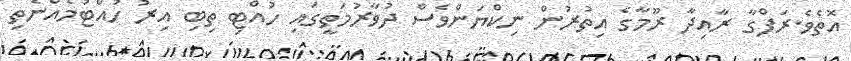
އޮތެވެ.ރަފްގާ ރާއިދާ ރޫމާގެ އިތުރުން ނިކްޔަންވެސް ދުވާރުމަތީގައި ހުއްޓި ތިބި އިރު ހުއްޓުމެއްނެތި